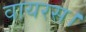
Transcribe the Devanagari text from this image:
वायरस।